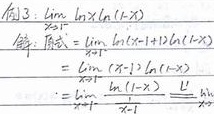
例3：求\(\lim\limits_{x \to 1^{-}} \ln x \ln(1 - x)\)。
解：
原式\(=\lim\limits_{x \to 1^{-}} \ln(x - 1 + 1)\ln(1 - x)\)
\(=\lim\limits_{x \to 1^{-}} (x - 1)\ln(1 - x)\)
\(=\lim\limits_{x \to 1^{-}} \frac{\ln(1 - x)}{\frac{1}{x - 1}}\)
令\(t = 1 - x\)，当\(x\to 1^{-}\)时，\(t\to 0^{+}\)，则原式\(=\underset{t=1 - x}{\overset{x\to 1^{-}}{\lim }}\)